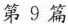
第9篇